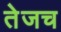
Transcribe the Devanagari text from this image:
तेजच